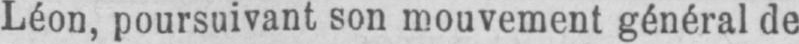
Léon, poursuivant son mouvement général de